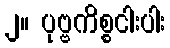
၂။ ပုဗ္ဗကိစ္စငါးပါး